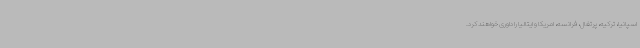
اسپانیا، ترکیه، پرتغال، فرانسه، امریکا و ایتالیا را داوری خواهند کرد.